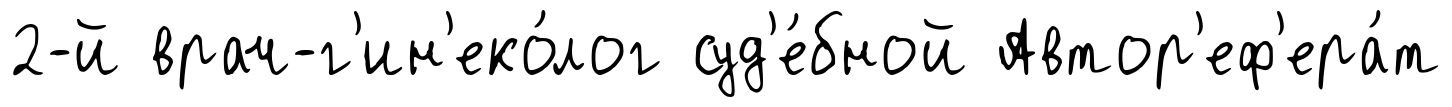
2-й врач-г'ин'еко́лог суд'е́бной Автор'еф'ера́т